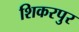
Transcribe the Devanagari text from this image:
शिकरपुर